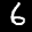
Label: 6